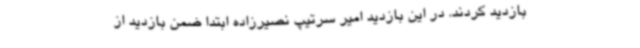
بازدید کردند. در این بازدید امیر سرتیپ نصیرزاده ابتدا ضمن بازدید از